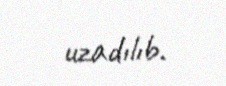
uzadılıb.